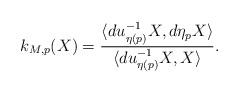
LaTeX: \begin{align*} k_{M,p}(X) = \frac{\langle du^{-1}_{\eta(p)}X,d\eta_pX\rangle}{\langle du^{-1}_{\eta(p)}X,X\rangle}.\end{align*}